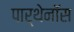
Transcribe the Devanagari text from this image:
पार्थेनॉस